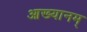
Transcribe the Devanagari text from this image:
आख्यानम्